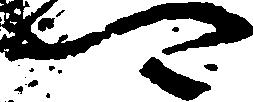
可